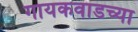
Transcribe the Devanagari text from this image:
गायकवाडच्या